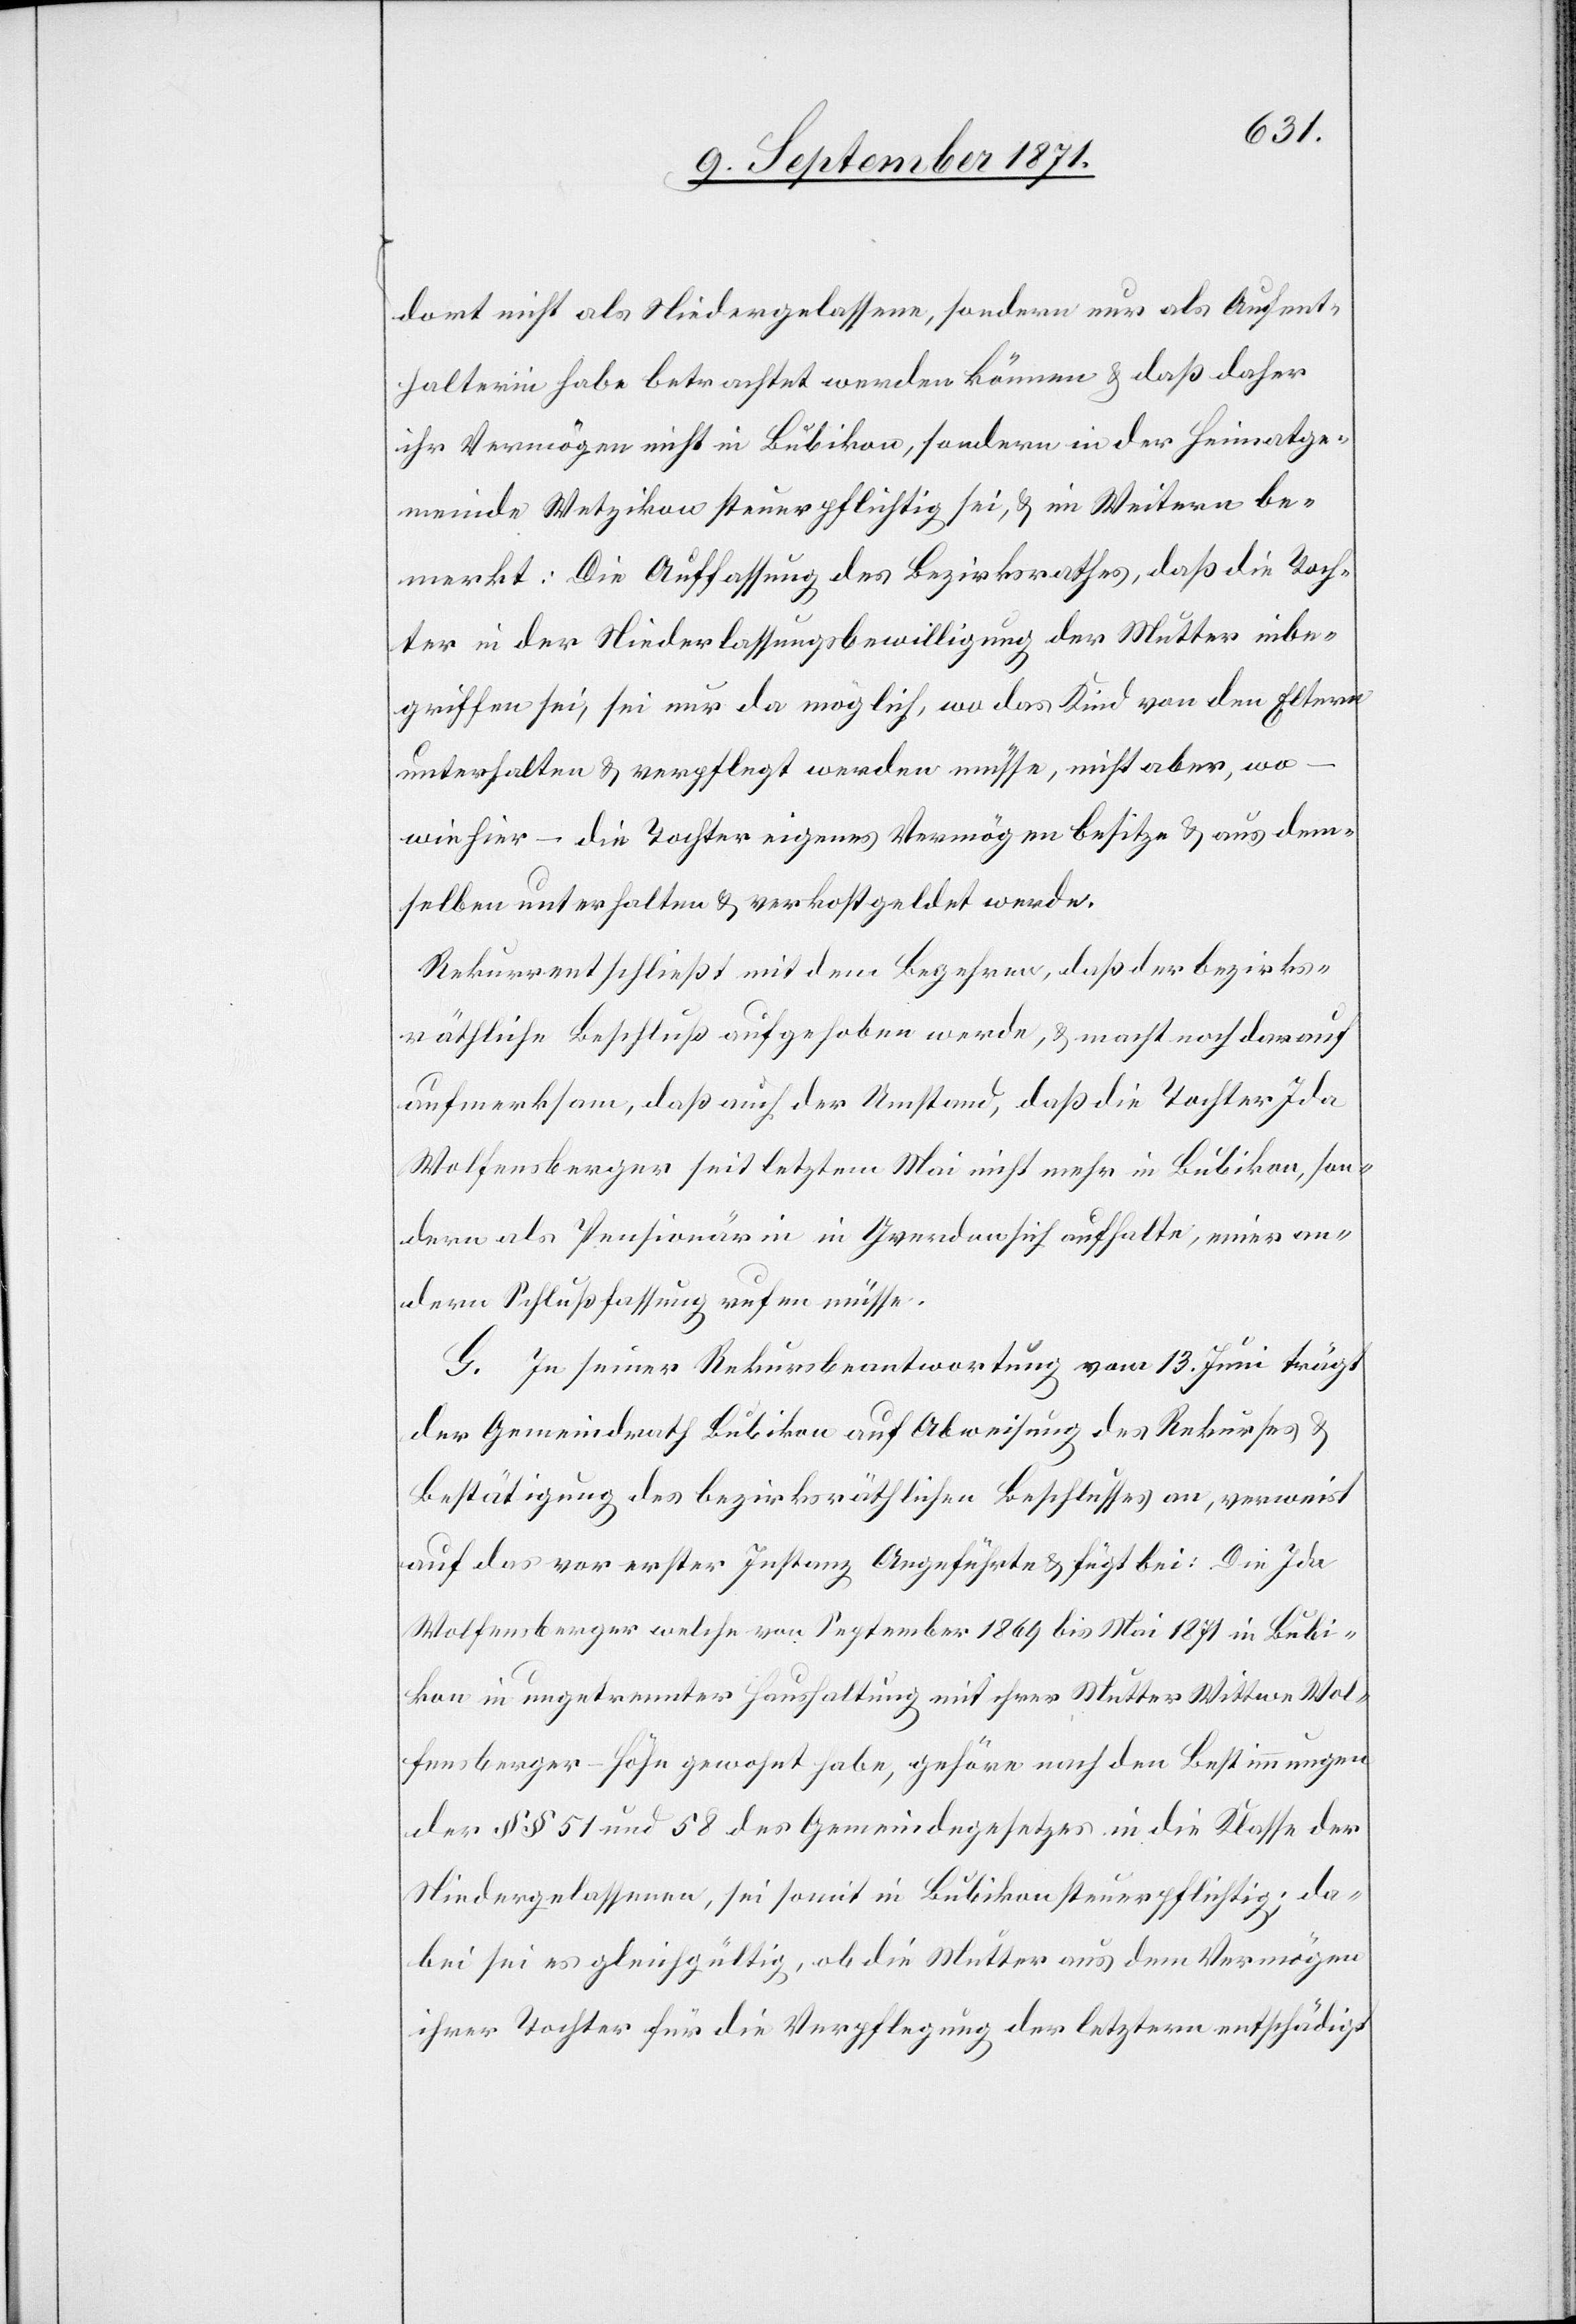
dort nicht als Niedergelassene, sondern nur als Aufent¬
halterin habe betrachtet werden können & daß daher
ihr Vermögen nicht in Bubikon, sondern in der Heimatge¬
meinde Wetzikon steuerpflichtig sei, & im Weitern be¬
merkt: Die Auffassung des Bezirksrathes, daß die Toch¬
ter in der Niederlassungsbewilligung der Mutter inbe¬
griffen sei, sei nur da möglich, wo das Kind von den Eltern
unterhalten & verpflegt werden müsse, nicht aber, wo
wie hier – die Tochter eigenes Vermögen besitze & aus dem¬
selben unterhalten & verkostgeldet werde.
Rekurrent schließt mit dem Begehren, daß der bezirks¬
räthliche Beschluß aufgehoben werde, & macht noch darauf
aufmerksam, daß auch der Umstand, daß die Tochter Ida
Wolfensberger seit letztem Mai nicht mehr in Bubikon, son¬
dern als Pensionärin in Grenchen sich aufhalte, einer an¬
deren Schlußfassung rufen müsse.
G. In seiner Rekursbeantwortung vom 13. Juni trägt
der Gemeindrath Bubikon auf Abweisung des Rekurses &
Bestätigung des bezirksräthlichen Beschlusses an, verweist
auf das vor erster Instanz Angeführte & fügt bei: Die Ida
Wolfensberger welche von September 1869 bis Mai 1871 in Bubi¬
kon in ungetrennter Haushaltung mit ihrer Mutter Wittwe Wol¬
fensberger-Höhn gewohnt habe, gehöre nach den Bestimmungen
der §§ 51 und 58 des Gemeindegesetzes in die Klasse der
Niedergelassenen, sei somit in Bubikon steuerpflichtig; da¬
bei sei es gleichgültig, ob die Mutter aus dem Vermögen
ihrer Tochter für die Verpflegung der letzteren entschädigt